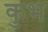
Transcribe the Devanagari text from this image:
कुभ